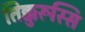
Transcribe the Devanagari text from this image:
तिक्कुरूस्सि